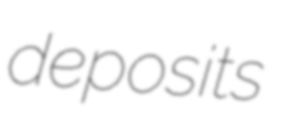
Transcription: deposits